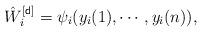
LaTeX: \begin{align*}\hat{W}^{[{\sf d}]}_i=\psi_i(y_i(1),\cdots,y_i(n)),\end{align*}